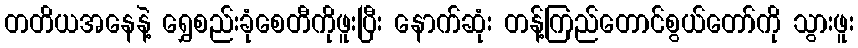
တတိယအနေနဲ့ ရွှေစည်းခုံစေတီကိုဖူးပြီး နောက်ဆုံး တန့်ကြည်တောင်စွယ်တော်ကို သွားဖူး